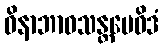
ဝိနာဘာဝသန္တမေဝိဒံ